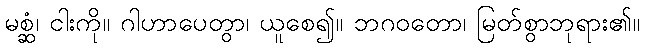
မစ္ဆံ၊ ငါးကို။ ဂါဟာပေတွာ၊ ယူစေ၍။ ဘဂဝတော၊ မြတ်စွာဘုရား၏။